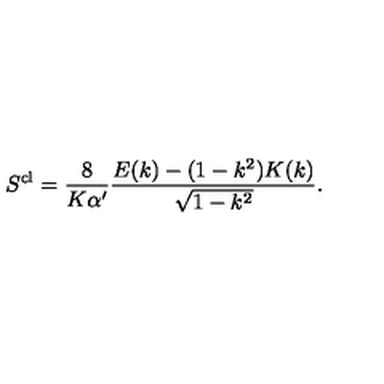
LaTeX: S ^ { \mathrm { c l } } = \frac { 8 } { K \alpha ^ { \prime } } \frac { E ( k ) - ( 1 - k ^ { 2 } ) K ( k ) } { \sqrt { 1 - k ^ { 2 } } } .